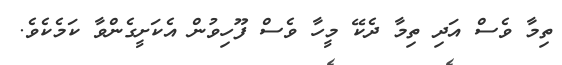
ތިމާ ވެސް އަދި ތިމާ ދެކޭ މީހާ ވެސް ފޫހިވުން އެކަށީގެންވާ ކަމެކެވެ.